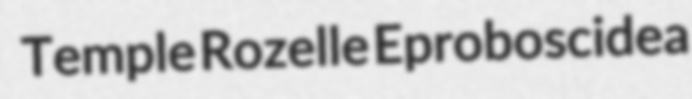
Temple Rozelle Eproboscidea